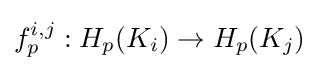
f_{p}^{i,j}:H_{p}(K_{i})\to H_{p}(K_{j})